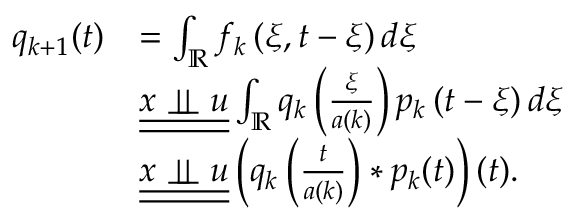
\begin{array} { r l } { q _ { k + 1 } ( t ) } & { = \int _ { \mathbb { R } } f _ { k } \left( \xi , t - \xi \right) d \xi } \\ & { \underline { { \underline { { x \perp \! \! \! \perp u } } } } \int _ { \mathbb { R } } q _ { k } \left( \frac { \xi } { a ( k ) } \right) p _ { k } \left( t - \xi \right) d \xi } \\ & { \underline { { \underline { { x \perp \! \! \! \perp u } } } } \left( q _ { k } \left( \frac { t } { a ( k ) } \right) * p _ { k } ( t ) \right) ( t ) . } \end{array}